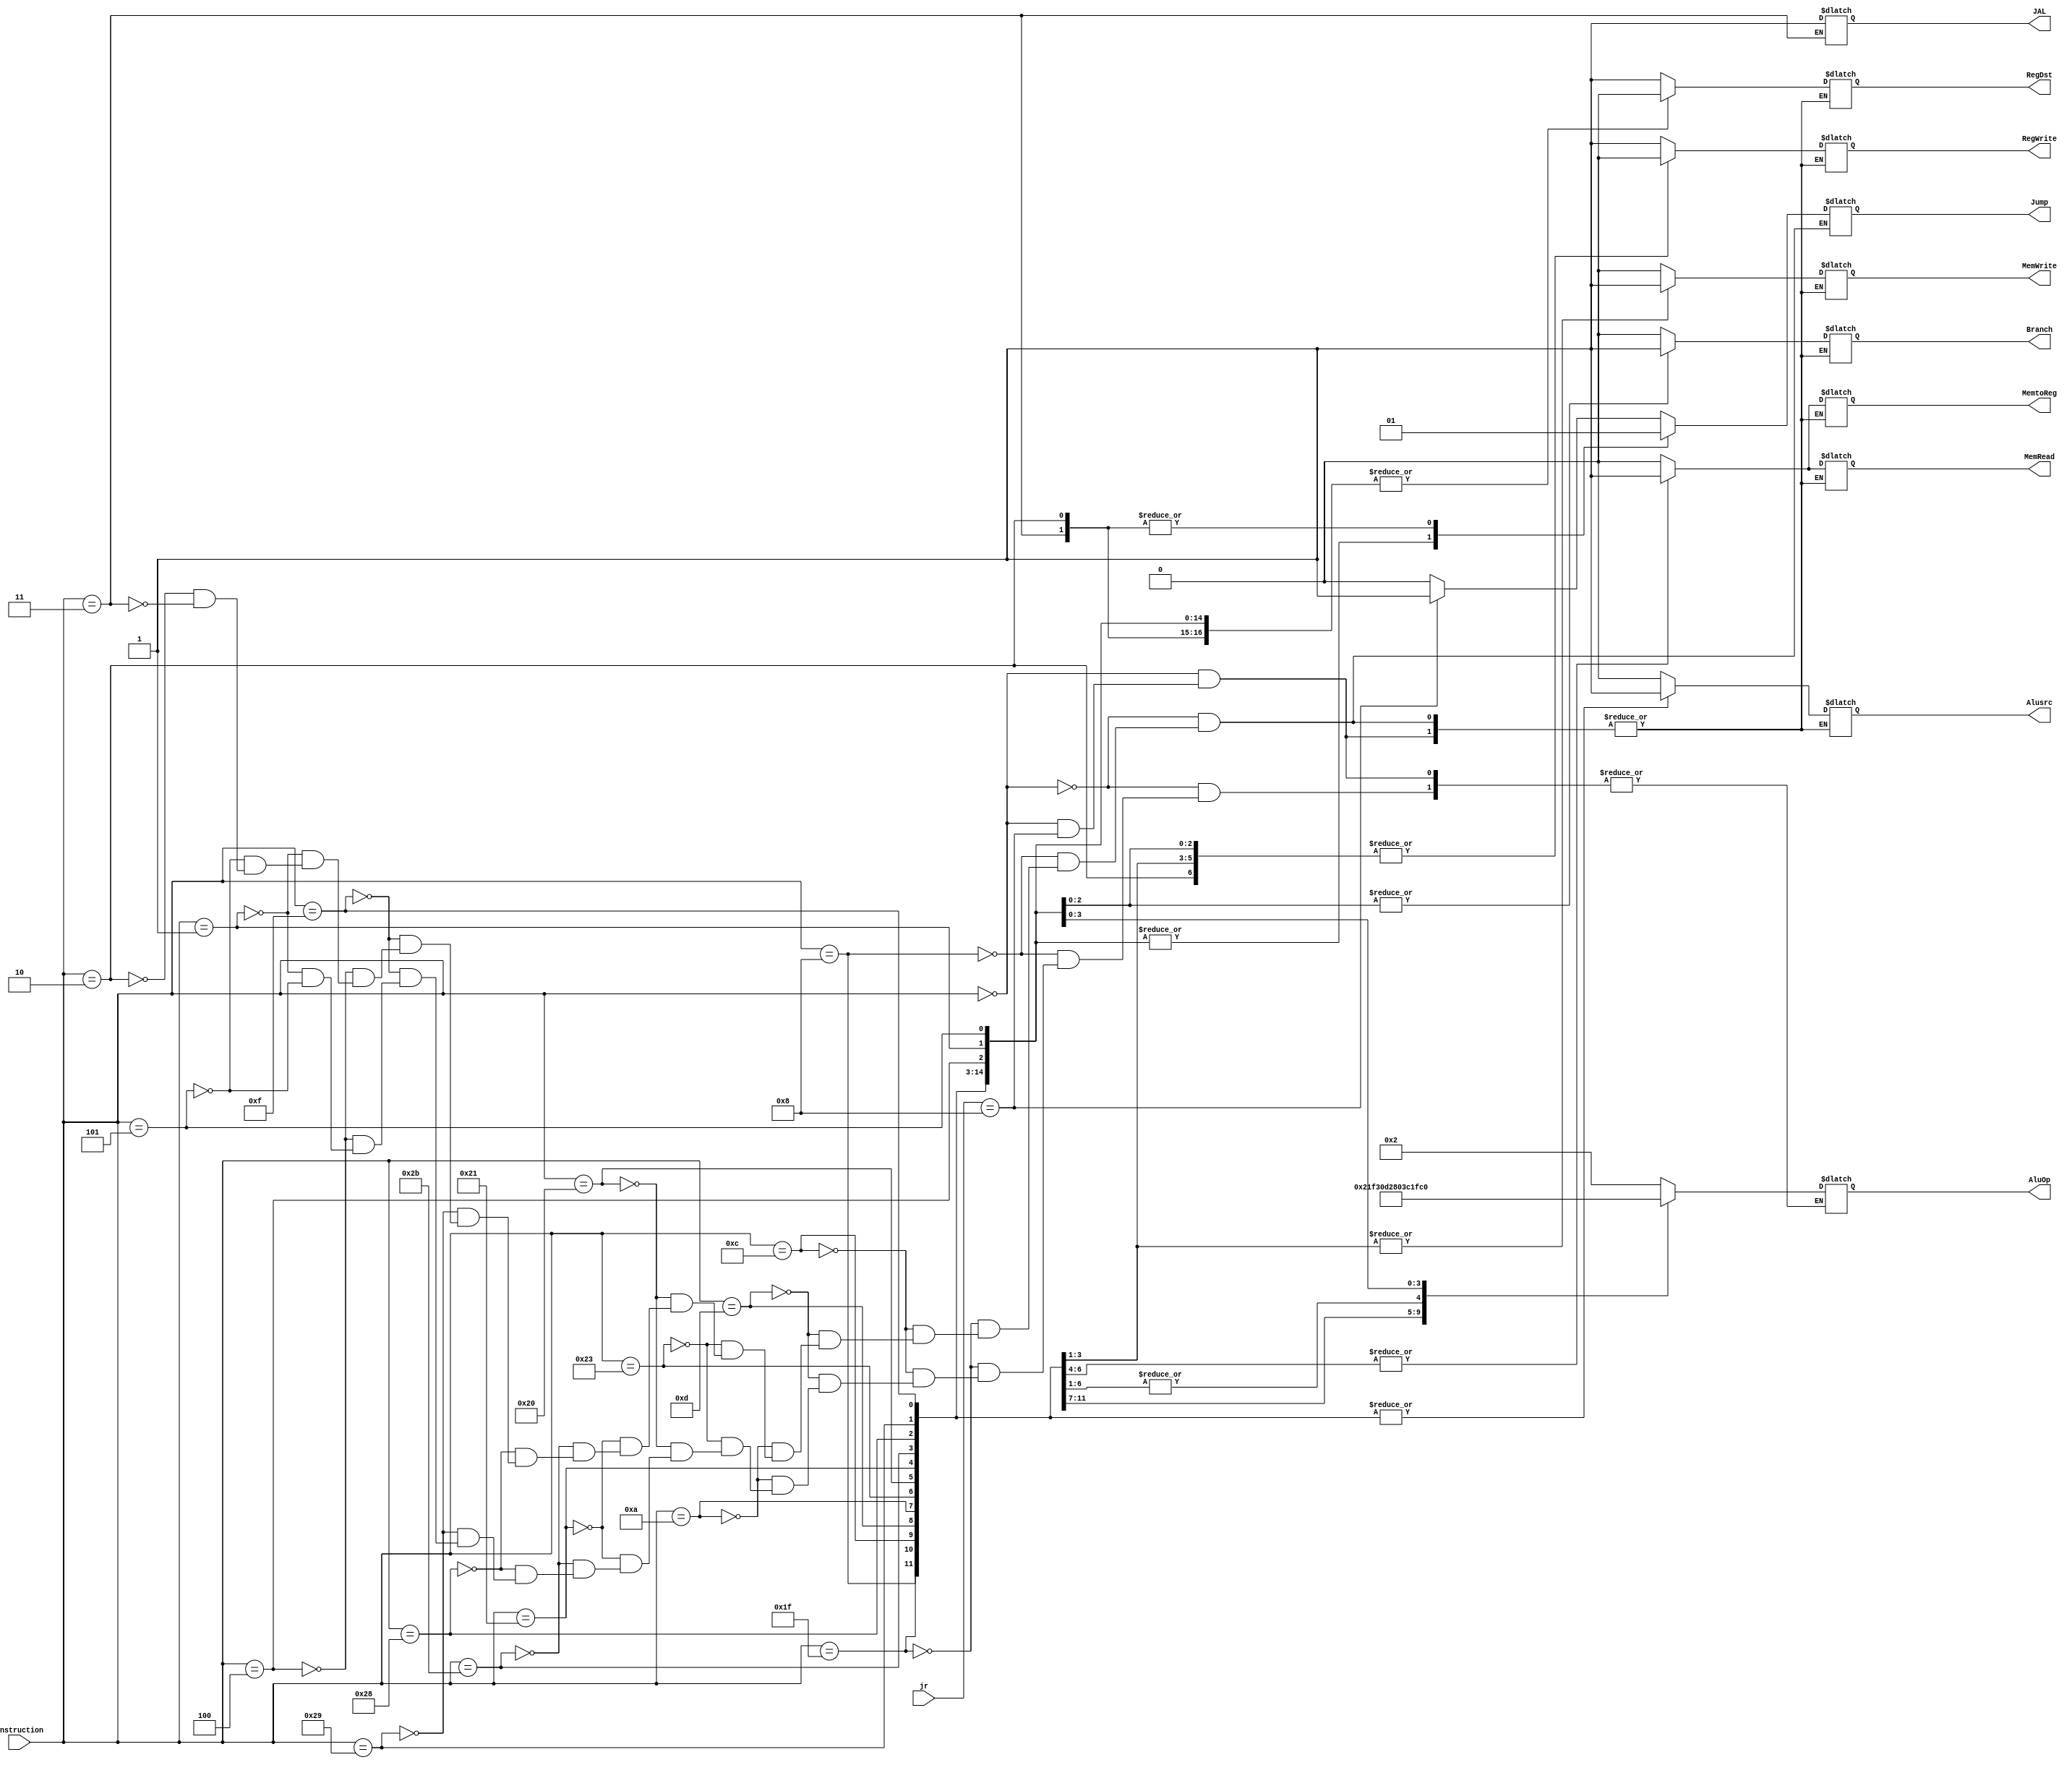
module control(Instruction, RegDst, Branch, Jump, AluOp, Alusrc, RegWrite, MemRead, MemWrite, MemtoReg, JAL, jr);
input [5:0] Instruction;
input [3:0] jr;
output reg RegDst, Branch, Jump, Alusrc, RegWrite, MemRead, MemWrite, MemtoReg, JAL;
output reg [5:0] AluOp;

always @(*)
begin
	case(Instruction) // Instruction[31:26]
		6'b000000 : begin //tipo r (add, and, nor, or, sub, slt)
			if ( jr == 4'b1000) begin
				Jump = 1;
			end else begin
				RegDst = 1;
               			Alusrc = 0;
                		RegWrite = 1;
                		AluOp = 6'b10;
                		MemRead = 0;
                		MemWrite = 0;
				MemtoReg = 0;
				Branch = 0;
				Jump = 0;
			end
		end
		6'b001000 : begin //tipo RI (addi)
			RegDst = 0;
                        Alusrc = 1;
                        RegWrite = 1;
                        AluOp = 6'b001000;
                        MemRead = 0;
                        MemWrite = 0;
			MemtoReg = 0;
			Branch = 0;
			Jump = 0;
		end
		6'b011111 : begin //tipo RI (subi) opcode inventado ya que no existe un opcode para subi
			RegDst = 0;
                        Alusrc = 1;
                        RegWrite = 1;
                        AluOp = 6'b011111;
                        MemRead = 0;
                        MemWrite = 0;
			MemtoReg = 0;
			Branch = 0;
			Jump = 0;
		end
		6'b001100 : begin //tipo RI (andi)
			RegDst = 0;
                        Alusrc = 1;
                        RegWrite = 1;
                        AluOp = 6'b001100;
                        MemRead = 0;
                        MemWrite = 0;
			MemtoReg = 0;
			Branch = 0;
			Jump = 0;
		end
		6'b001101 : begin //tipo RI (ori)
			RegDst = 0;
                        Alusrc = 1;
                        RegWrite = 1;
                        AluOp = 6'b001101;
                        MemRead = 0;
                        MemWrite = 0;
			MemtoReg = 0;
			Branch = 0;
			Jump = 0;
		end
		6'b001010 : begin //tipo RI (slti)
			RegDst = 0;
                        Alusrc = 1;
                        RegWrite = 1;
                        AluOp = 6'b001010;
                        MemRead = 0;
                        MemWrite = 0;
			MemtoReg = 0;
			Branch = 0;
			Jump = 0;
		end
		6'b100011 : begin //lw
			RegDst = 0;
                        Alusrc = 1;
                        RegWrite = 1;
                        AluOp = 6'b00;
                        MemRead = 1;
                        MemWrite = 0;
			MemtoReg = 1;
			Branch = 0;
			Jump = 0;
		end
		6'b100000 : begin //loadbyte
			RegDst = 0;
                        Alusrc = 1;
                        RegWrite = 1;
                        AluOp = 6'b00;
                        MemRead = 1;
                        MemWrite = 0;
                        MemtoReg = 1;
			Branch = 0;
			Jump = 0;
		end
		6'b100001 : begin //load halfword
			RegDst = 0;
                        Alusrc = 1;
                        RegWrite = 1;
                        AluOp = 6'b00;
                        MemRead = 1;
                        MemWrite = 0;
                        MemtoReg = 1;
			Branch = 0;
			Jump = 0;
		end 
		6'b101011 : begin //sw
			RegDst = 0;
                        Alusrc = 1;
                        RegWrite = 0;
                        AluOp = 6'b00;
                        MemRead = 0;
                        MemWrite = 1;
			MemtoReg = 0;
			Branch = 0;
			Jump = 0;
		end 
		6'b101000 : begin //store byte
			RegDst = 0;
                        Alusrc = 1;
                        RegWrite = 0;
                        AluOp = 6'b00;
                        MemRead = 0;
                        MemWrite = 1;
                        MemtoReg = 0;
			Branch = 0;
			Jump = 0;
		end 
		6'b101001 : begin // store halfword
			RegDst = 0;
                        Alusrc = 1;
                        RegWrite = 0;
                        AluOp = 6'b00;
                        MemRead = 0;
                        MemWrite = 1;
                        MemtoReg = 0;
			Branch = 0;
			Jump = 0;
		end
		6'b001111 : begin //lui
			RegDst = 0;
                        Alusrc = 1;
                        RegWrite = 1;
                        AluOp = 6'b001111;
                        MemRead = 0;
                        MemWrite = 0;
                        MemtoReg = 0;
			Branch = 0;
			Jump = 0;
		end
		6'b000100 : begin //BEQ
			RegDst = 0;
                        Alusrc = 0;
                        RegWrite = 0;
                        AluOp = 6'b000001;
                        MemRead = 0;
                        MemWrite = 0;
                        MemtoReg = 0;
                        Branch = 1;
			Jump = 0;
		end
		6'b000001 : begin //BEZ
                        RegDst = 0;
                        Alusrc = 0;
                        RegWrite = 0;
                        AluOp = 6'b111111;
                        MemRead = 0;
                        MemWrite = 0;
                        MemtoReg = 0;
                        Branch = 1;
			Jump = 0;
                end
		 6'b000101 : begin //BNE
                        RegDst = 0;
                        Alusrc = 0;
                        RegWrite = 0;
                        AluOp = 6'b000101;
                        MemRead = 0;
                        MemWrite = 0;
                        MemtoReg = 0;
                        Branch = 1;
			Jump = 0;
		end
		6'b000010: begin //Jump
                	RegDst = 0;
                        Alusrc = 0;
                        RegWrite = 0;
                        MemRead = 0;
                        MemWrite = 0;
                        MemtoReg = 0;
                        Branch = 0;
                        Jump = 1;
		end
		6'b000011: begin // JAL
                	RegDst = 0;
                        Alusrc = 0;
                        RegWrite = 1;
                        MemRead = 0;
                        MemWrite = 0;
                        MemtoReg = 0;
                        Branch = 0;
                        Jump = 1;
			JAL = 1;
		end
	endcase
end
endmodule